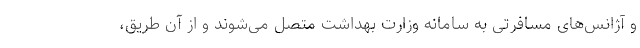
و آژانس‌های مسافرتی به سامانه وزارت بهداشت متصل می‌شوند و از آن طریق،